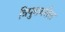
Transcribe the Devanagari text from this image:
त्रिपुरावरील